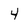
Character: 4